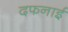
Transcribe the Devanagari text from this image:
दफनाई